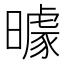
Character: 𱢮